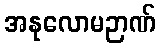
အနုလောမဉာဏ်